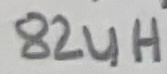
Text: 82uH